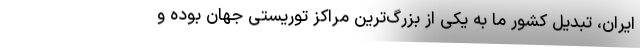
ایران، تبدیل کشور ما به یکی از بزرگ‌ترین مراکز توریستی جهان بوده و